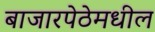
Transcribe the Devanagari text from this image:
बाजारपेठेमधील